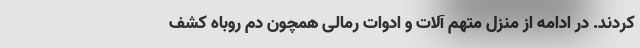
کردند. در ادامه از منزل متهم آلات و ادوات رمالی همچون دم روباه کشف